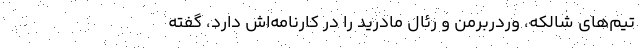
تیم‌های شالکه، وردربرمن و رئال مادرید را در کارنامه‌اش دارد، گفته